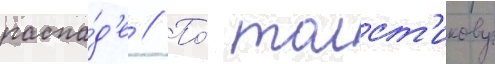
распа́д'е // По́ толст'икову